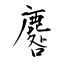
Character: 麔